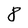
Character: 8